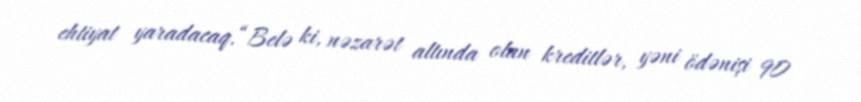
ehtiyat yaradacaq.“Belə ki, nəzarət altında olan kreditlər, yəni ödənişi 90